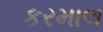
કરમાલ